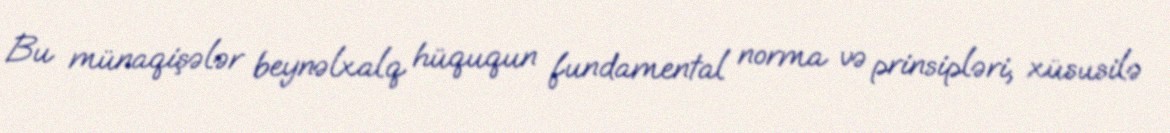
Bu münaqişələr beynəlxalq hüququn fundamental norma və prinsipləri, xüsusilə